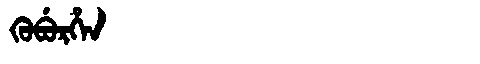
Manchu: ᡴᡠᠪᡠᡵᡥᡝᠨ
Romanization: KUBURHEN